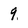
Character: 9